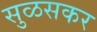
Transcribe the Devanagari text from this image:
सुळसकर